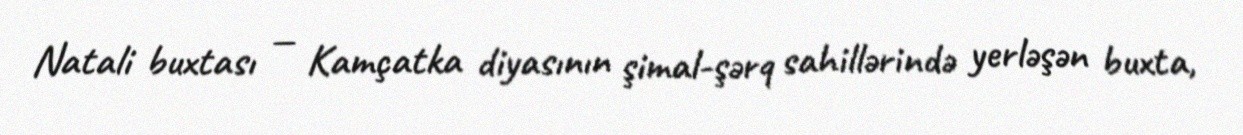
Natali buxtası — Kamçatka diyasının şimal-şərq sahillərində yerləşən buxta,